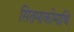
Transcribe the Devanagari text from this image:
सितमाकोमाथि